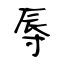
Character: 辱